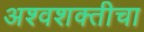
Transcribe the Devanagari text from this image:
अश्वशक्तीचा